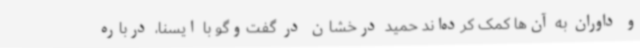
و داوران به آن‌ها کمک کرده‌اند حمید درخشان در گفت‌وگو با ایسنا، درباره